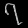
Digit: ၇